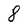
Character: 8